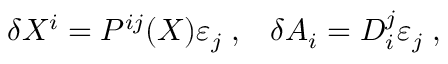
\delta X ^ { i } = P ^ { i j } ( X ) \varepsilon _ { j } \; , \; \; \; \delta A _ { i } = D _ { i } ^ { j } \varepsilon _ { j } \; ,